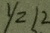
y = 1 2